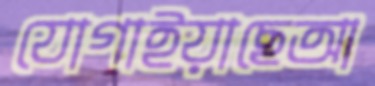
যোগাইয়াছেআ